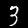
Label: 3